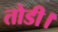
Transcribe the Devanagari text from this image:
तोडी।